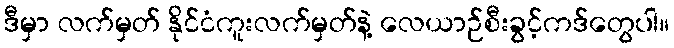
ဒီမှာ လက်မှတ် နိုင်ငံကူးလက်မှတ်နဲ့ လေယာဉ်စီးခွင့်ကဒ်တွေပါ။